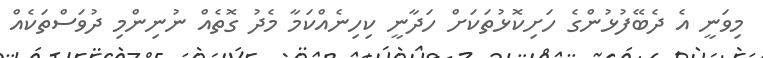
މިވަނީ އެ ދެބޭފުޅުންގެ ހަށިކޮޅުތަކަށް ހަދާނީ ކިހިނެއްކަމާ މެދު ގޮތެއް ނުނިންމި ދުވަސްތަކެއް